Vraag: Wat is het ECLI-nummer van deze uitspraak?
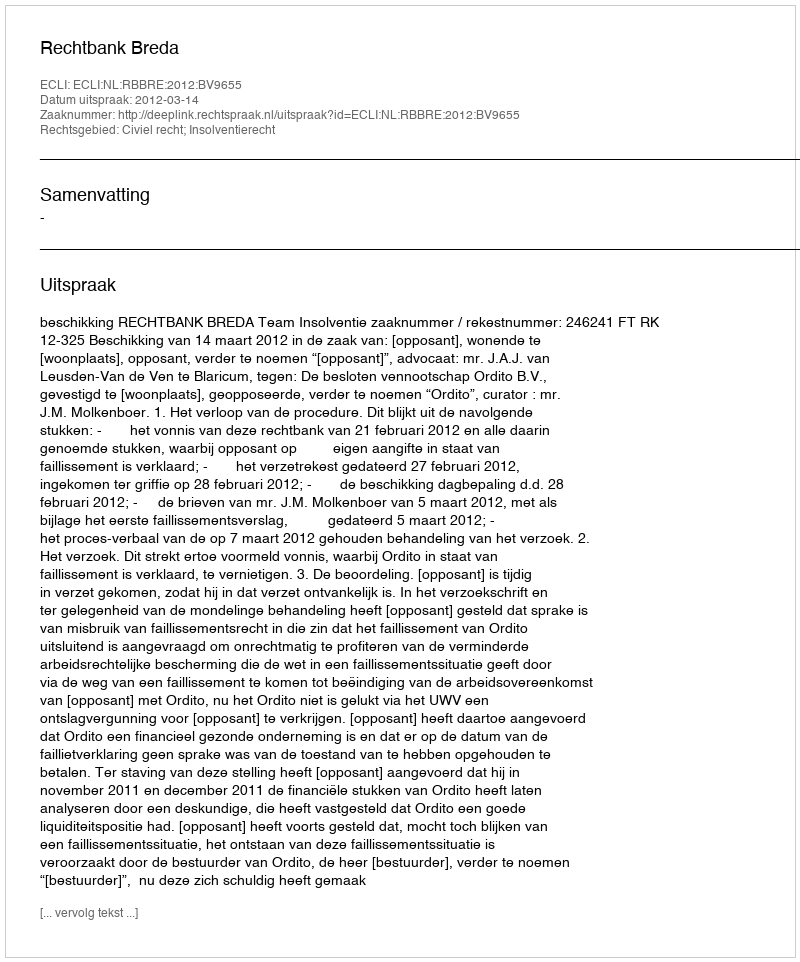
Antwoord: ECLI:NL:RBBRE:2012:BV9655